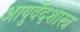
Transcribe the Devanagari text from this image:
आयुर्वेदशास्त्र